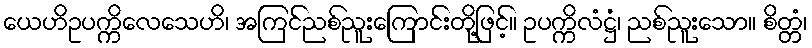
ယေဟိဥပက္ကိလေသေဟိ၊ အကြင်ညစ်ညူးကြောင်းတို့ဖြင့်။ ဥပက္ကိလံဋ္ဌံ၊ ညစ်ညူးသော။ စိတ္တံ၊